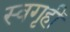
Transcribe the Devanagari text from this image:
स्वगृहीं